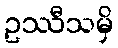
ဥဿီသမှိ